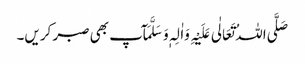
صَلَّی اللہُ تَعَالٰی عَلَیْہِ وَاٰلِہٖ وَسَلَّمَآپ بھی صبر کریں۔